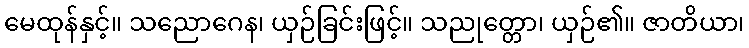
မေထုန်နှင့်။ သညောဂေန၊ ယှဉ်ခြင်းဖြင့်။ သညုတ္တော၊ ယှဉ်၏။ ဇာတိယာ၊